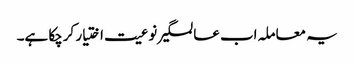
یہ معاملہ اب عالمگیر نوعیت اختیار کرچکا ہے۔